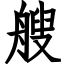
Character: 艘